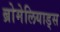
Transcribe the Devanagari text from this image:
ब्रोमेलियाड्स